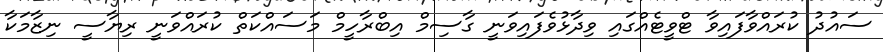
ސައުދު ކުރައްވާފައިވާ ޓްވީޓެއްގައި ވިދާޅުވެފައިވަނީ ގާސިމް އިބްރާހީމް މަސައްކަތް ކުރައްވަނީ ރިޔާސީ ނިޒާމަކާ